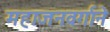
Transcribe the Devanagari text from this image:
महाजनवर्गाने